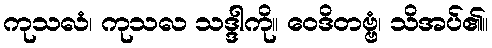
ကုသလံ၊ ကုသလ သဒ္ဒါကို။ ဝေဒိတဗ္ဗံ၊ သိအပ်၏။